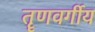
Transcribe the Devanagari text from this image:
तॄणवर्गीय